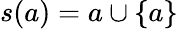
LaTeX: s(a)=a\cup\{ a\}